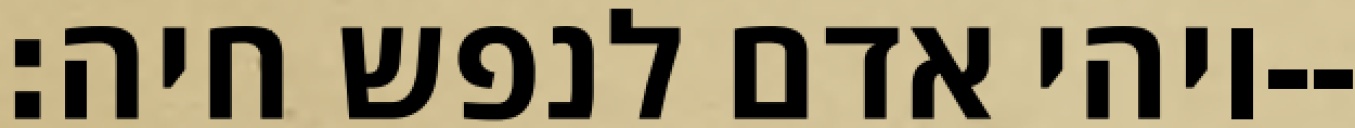
ויהי אדם לנפש חיה׃--